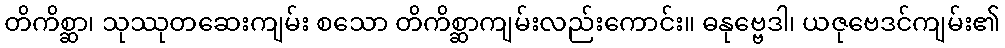
တိကိစ္ဆာ၊ သုဿုတဆေးကျမ်း စသော တိကိစ္ဆာကျမ်းလည်းကောင်း။ ဓနုဗ္ဗေဒါ၊ ယဇုဗေဒင်ကျမ်း၏